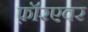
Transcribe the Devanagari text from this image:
फ़ॉरएवर